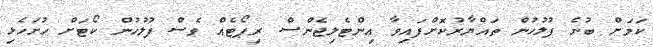
ކަމަށް ބުނެ ފުލުހުން ތައްޔާރުކޮށްފައިވާ އިންޓެލިޖެންސް ރިޕޯޓެއް ވެސް ފުލުހުން ކޯޓަށް ހުށަހެޅި